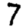
Digit: 7